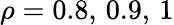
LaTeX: \rho=0.8,\, 0.9,\, 1